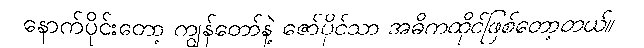
နောက်ပိုင်းတော့ ကျွန်တော်နဲ့ ဇော်ပိုင်သာ အဓိကထိုင်ဖြစ်တော့တယ်။